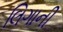
લિગાની